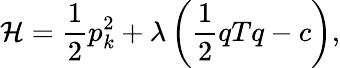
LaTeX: {\cal{H}}=\frac 12p_{k}^{2}+\lambda\left(\frac 12qTq-c\right),